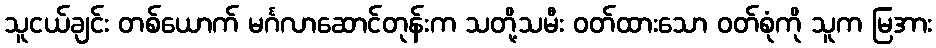
သူငယ်ချင်း တစ်ယောက် မင်္ဂလာဆောင်တုန်းက သတို့သမီး ဝတ်ထားသော ဝတ်စုံကို သူက မြအား